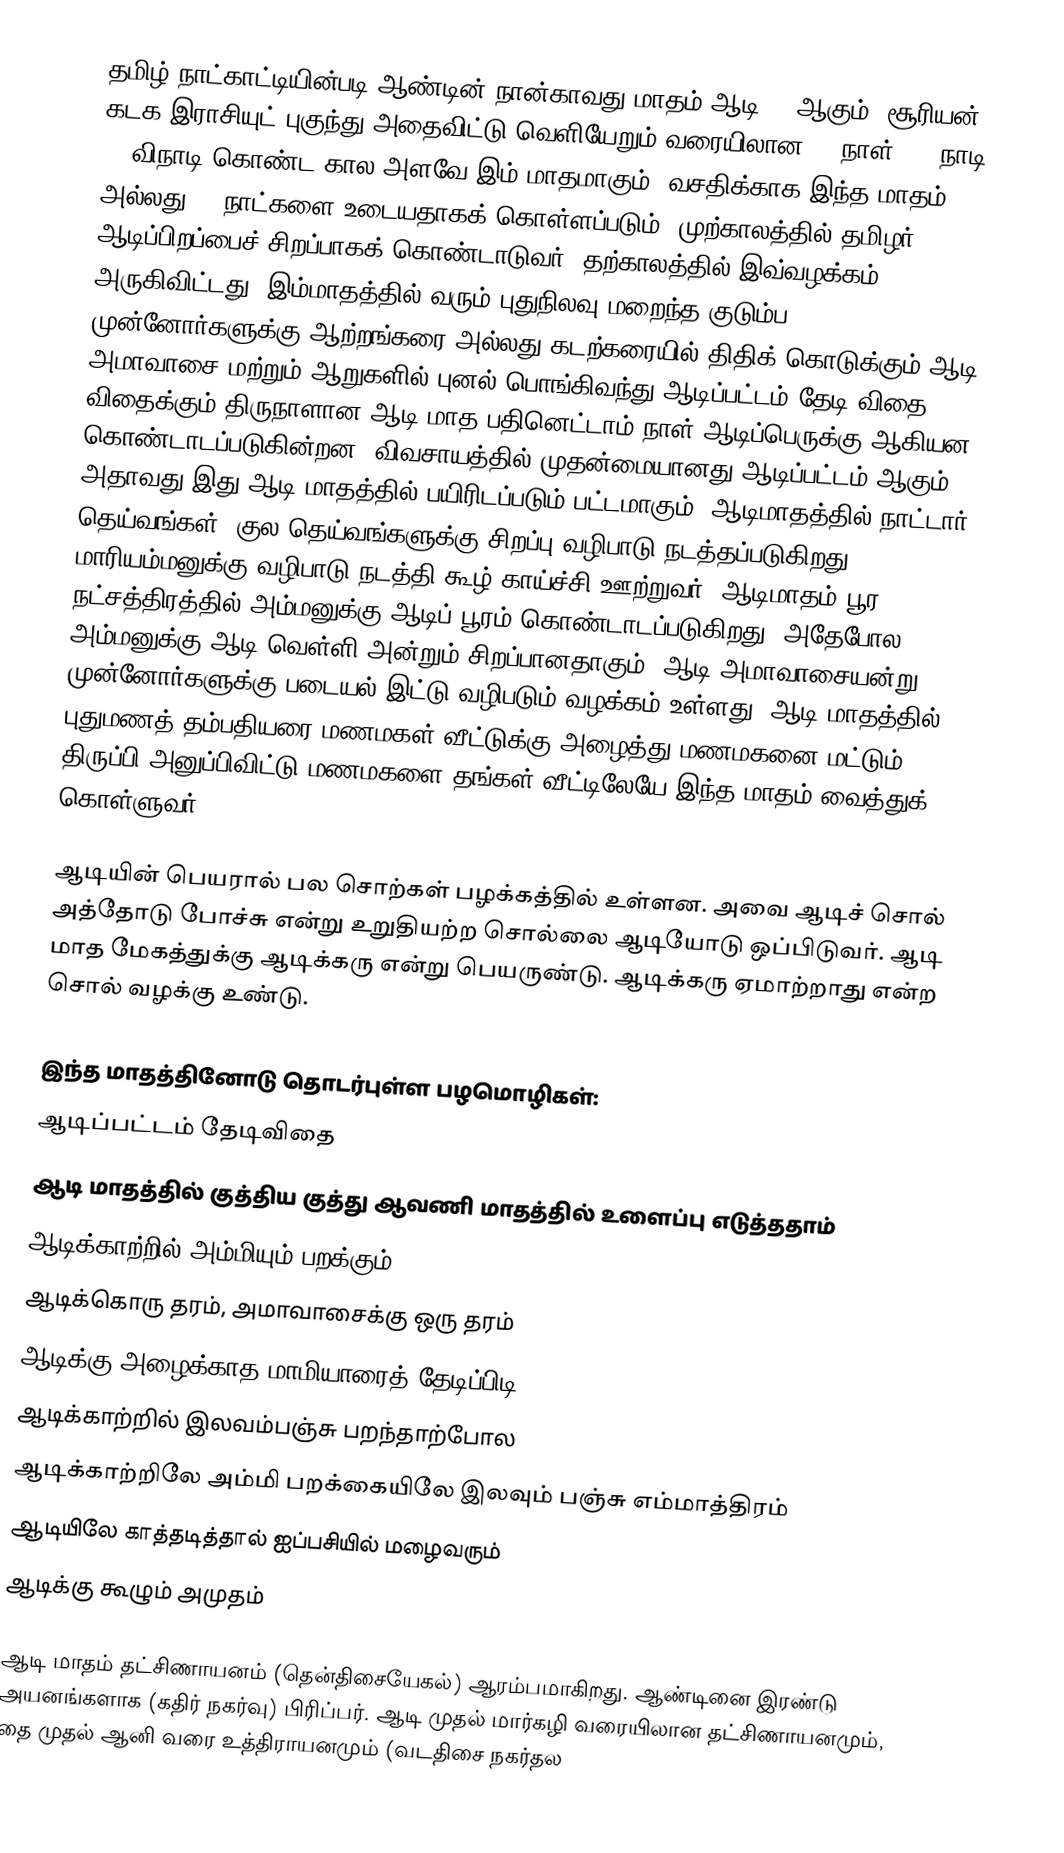
தமிழ் நாட்காட்டியின்படி ஆண்டின் நான்காவது மாதம் ஆடி  () ஆகும். சூரியன் கடக இராசியுட் புகுந்து அதைவிட்டு வெளியேறும் வரையிலான 29 நாள், 28 நாடி, 12 விநாடி கொண்ட கால அளவே இம் மாதமாகும். வசதிக்காக இந்த மாதம் 30 அல்லது 31 நாட்களை உடையதாகக் கொள்ளப்படும். முற்காலத்தில் தமிழர் ஆடிப்பிறப்பைச் சிறப்பாகக் கொண்டாடுவர். தற்காலத்தில் இவ்வழக்கம் அருகிவிட்டது. இம்மாதத்தில் வரும் புதுநிலவு மறைந்த குடும்ப முன்னோர்களுக்கு ஆற்றங்கரை அல்லது கடற்கரையில் திதிக் கொடுக்கும் ஆடி அமாவாசை மற்றும் ஆறுகளில் புனல் பொங்கிவந்து ஆடிப்பட்டம் தேடி விதை விதைக்கும் திருநாளான ஆடி மாத பதினெட்டாம் நாள் ஆடிப்பெருக்கு ஆகியன கொண்டாடப்படுகின்றன. விவசாயத்தில் முதன்மையானது ஆடிப்பட்டம் ஆகும். அதாவது இது ஆடி மாதத்தில் பயிரிடப்படும் பட்டமாகும். ஆடிமாதத்தில் நாட்டார் தெய்வங்கள், குல தெய்வங்களுக்கு சிறப்பு வழிபாடு நடத்தப்படுகிறது. மாரியம்மனுக்கு வழிபாடு நடத்தி கூழ் காய்ச்சி ஊற்றுவர். ஆடிமாதம் பூர நட்சத்திரத்தில் அம்மனுக்கு ஆடிப் பூரம் கொண்டாடப்படுகிறது. அதேபோல அம்மனுக்கு ஆடி வெள்ளி அன்றும் சிறப்பானதாகும். ஆடி அமாவாசையன்று முன்னோர்களுக்கு படையல் இட்டு வழிபடும் வழக்கம் உள்ளது.  ஆடி மாதத்தில் புதுமணத் தம்பதியரை மணமகள் வீட்டுக்கு அழைத்து மணமகனை மட்டும் திருப்பி அனுப்பிவிட்டு மணமகளை  தங்கள் வீட்டிலேயே இந்த மாதம் வைத்துக் கொள்ளுவர்.

ஆடியின் பெயரால் பல சொற்கள் பழக்கத்தில் உள்ளன. அவை ஆடிச் சொல் அத்தோடு போச்சு என்று உறுதியற்ற சொல்லை ஆடியோடு ஒப்பிடுவர். ஆடி மாத மேகத்துக்கு ஆடிக்கரு என்று பெயருண்டு. ஆடிக்கரு ஏமாற்றாது என்ற சொல் வழக்கு உண்டு.

இந்த மாதத்தினோடு தொடர்புள்ள பழமொழிகள்:
 ஆடிப்பட்டம் தேடிவிதை
 ஆடி மாதத்தில் குத்திய குத்து ஆவணி மாதத்தில் உளைப்பு எடுத்ததாம்
 ஆடிக்காற்றில் அம்மியும் பறக்கும்
 ஆடிக்கொரு தரம், அமாவாசைக்கு ஒரு தரம்
 ஆடிக்கு அழைக்காத மாமியாரைத் தேடிப்பிடி
 ஆடிக்காற்றில் இலவம்பஞ்சு பறந்தாற்போல
 ஆடிக்காற்றிலே அம்மி பறக்கையிலே இலவும் பஞ்சு எம்மாத்திரம்
 ஆடியிலே காத்தடித்தால் ஐப்பசியில் மழைவரும்
 ஆடிக்கு கூழும் அமுதம்

ஆடி மாதம் தட்சிணாயனம் (தென்திசையேகல்) ஆரம்பமாகிறது. ஆண்டினை இரண்டு அயனங்களாக (கதிர் நகர்வு) பிரிப்பர். ஆடி முதல் மார்கழி வரையிலான தட்சிணாயனமும், தை முதல் ஆனி வரை உத்திராயனமும் (வடதிசை நகர்தல